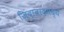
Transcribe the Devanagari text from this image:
जिंदाबादमध्ये